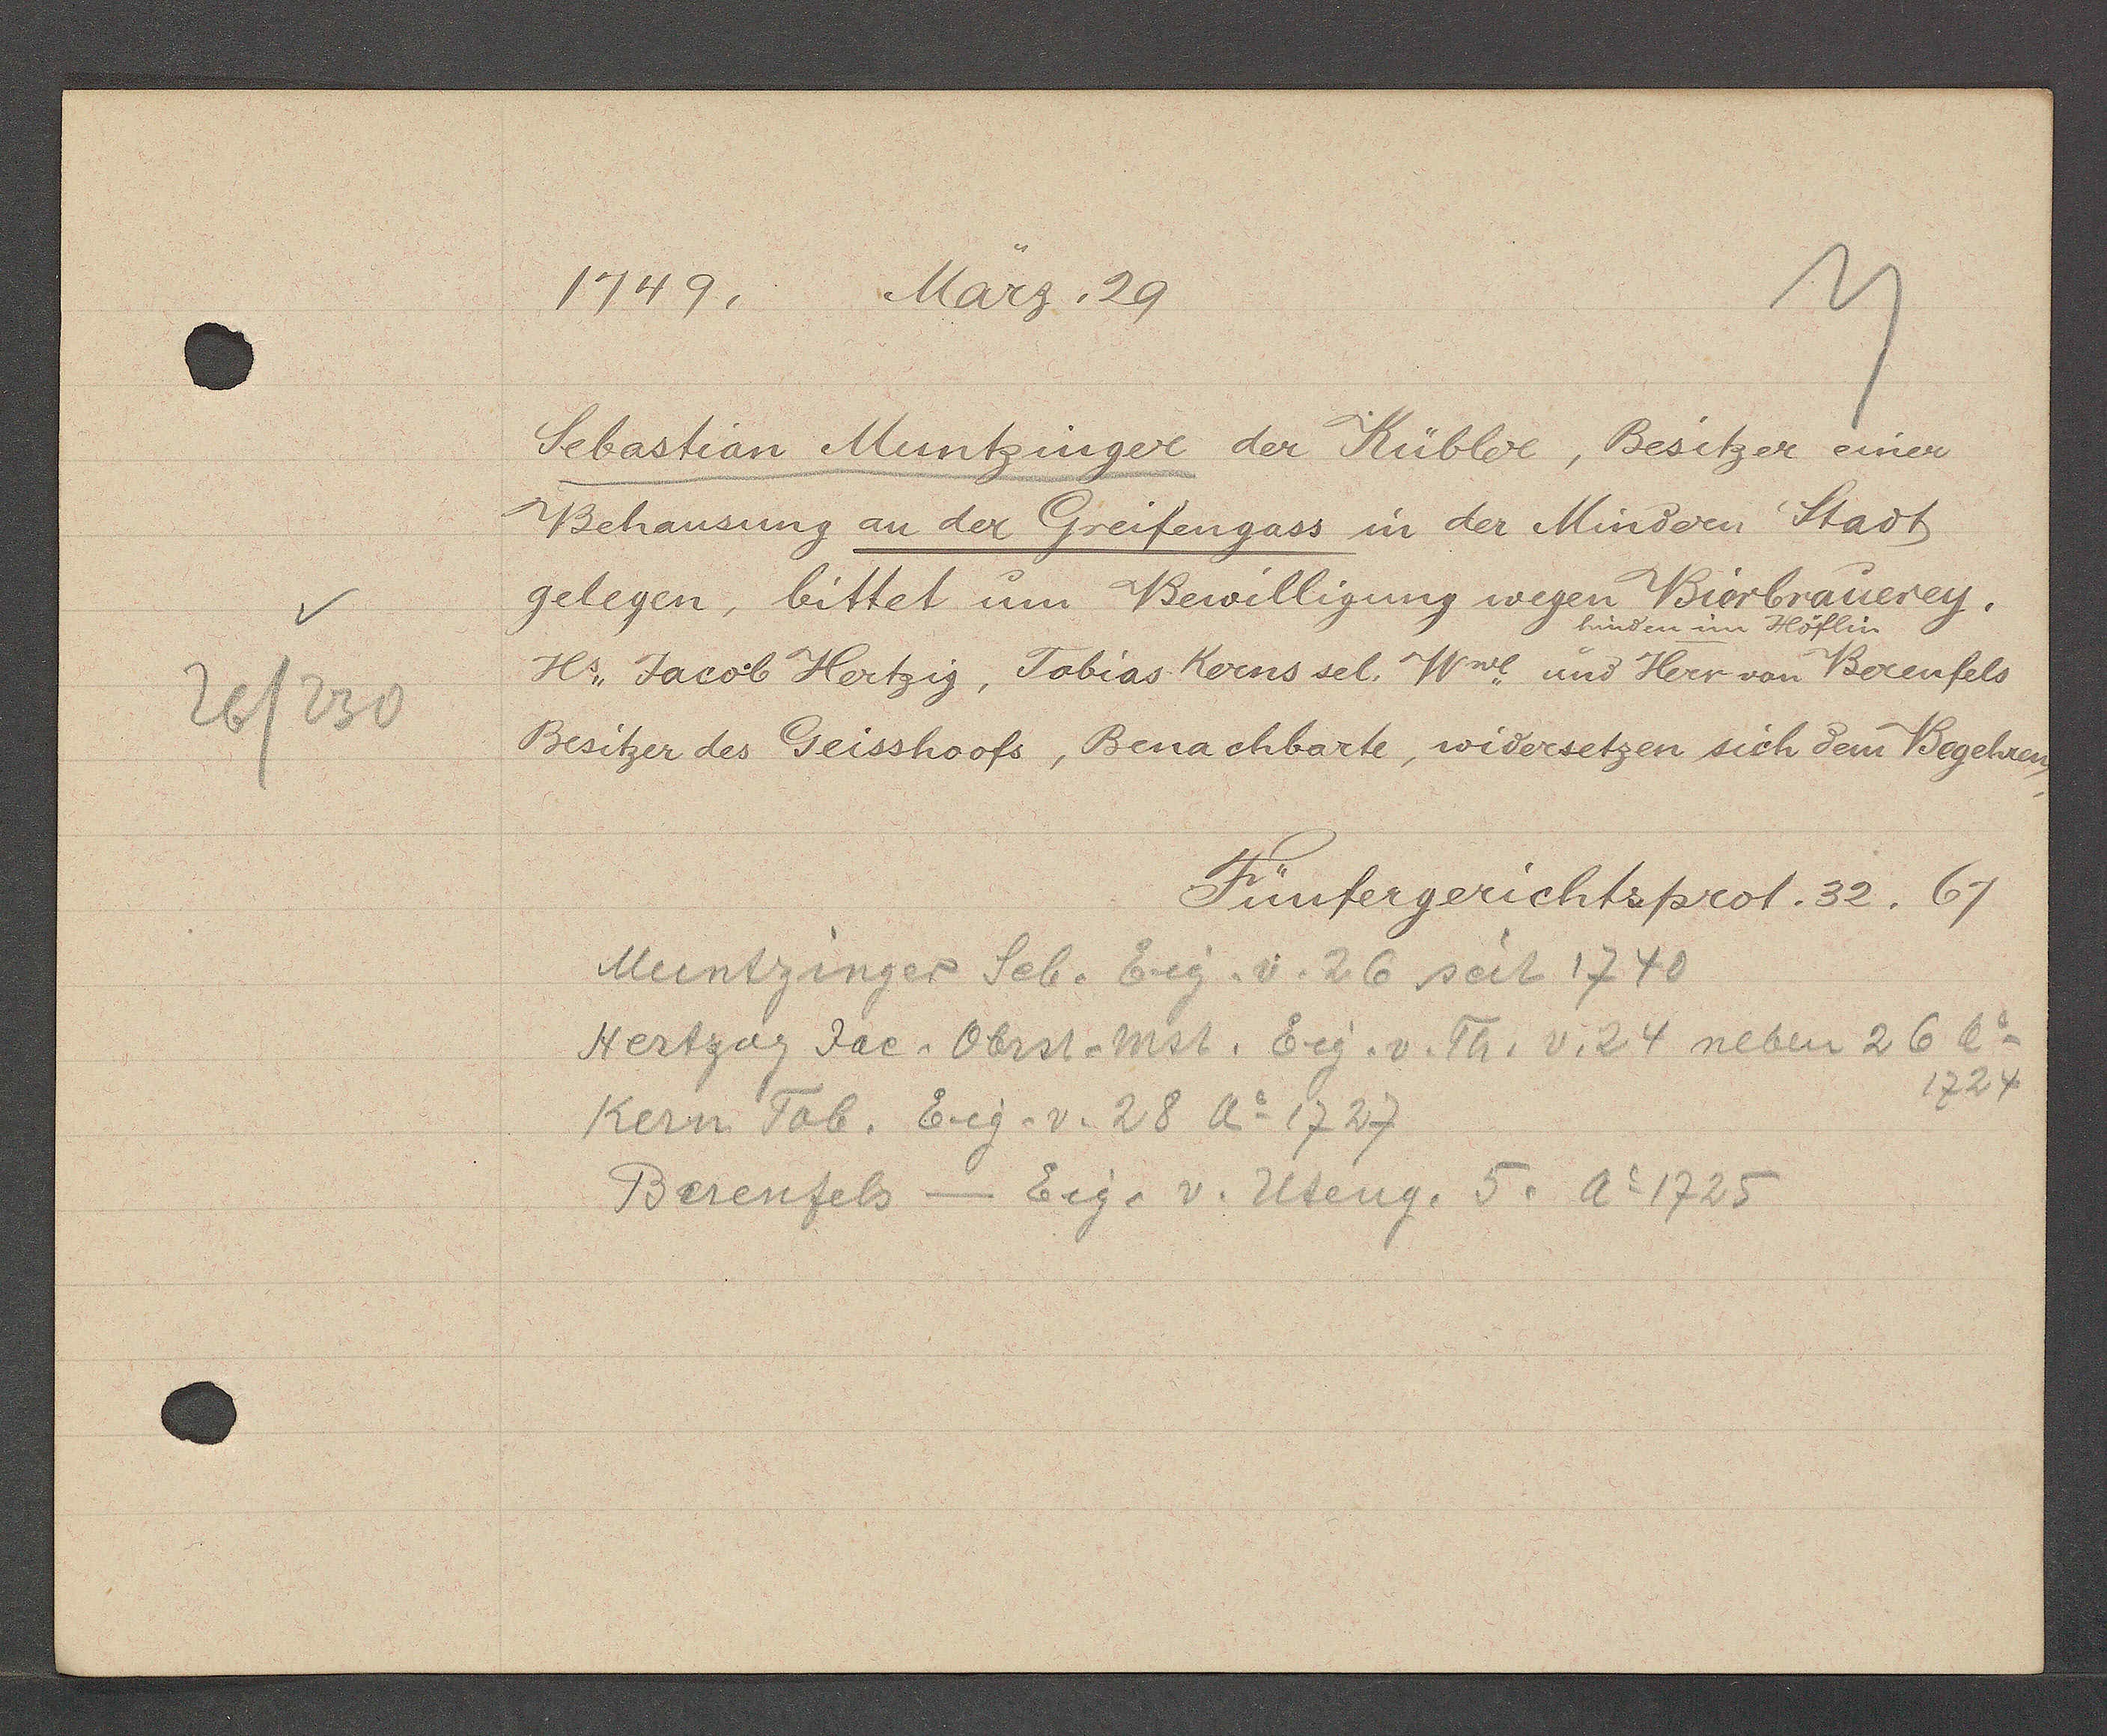
Transcript:
26/230

1749, März. 29.

Sebastian Muntzinger der Kübler, Besitzer einer
Behausung an der Greifengass in der Mindern Stadt
gelegen, bittet um Bewilligung wegen Bierbrauerey.
Hs. Jacob Hertzig, Tobias Kerns sel. Wwe und Herr von Berenfels
Besitzer des Geisshoofs, Benachbarte, widersetzen sich dem Begehren.

Fünfergerichtsprot. 32. 67

Muntzinger Seb. Eig. v. 26 seit 1740
Hertzog Jac. Obrst. Mst. Eig. v. Th. v. 24 neben 26 Ao
Kern Tob. Eig. v. 28 Ao 1727
Berenfels - Eig. v. Uteng. 5. Ao 1725
1724